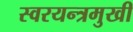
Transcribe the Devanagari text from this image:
स्वरयन्त्रमुखी